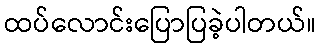
ထပ်လောင်းပြောပြခဲ့ပါတယ်။